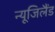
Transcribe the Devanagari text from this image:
न्यूजिलैंड